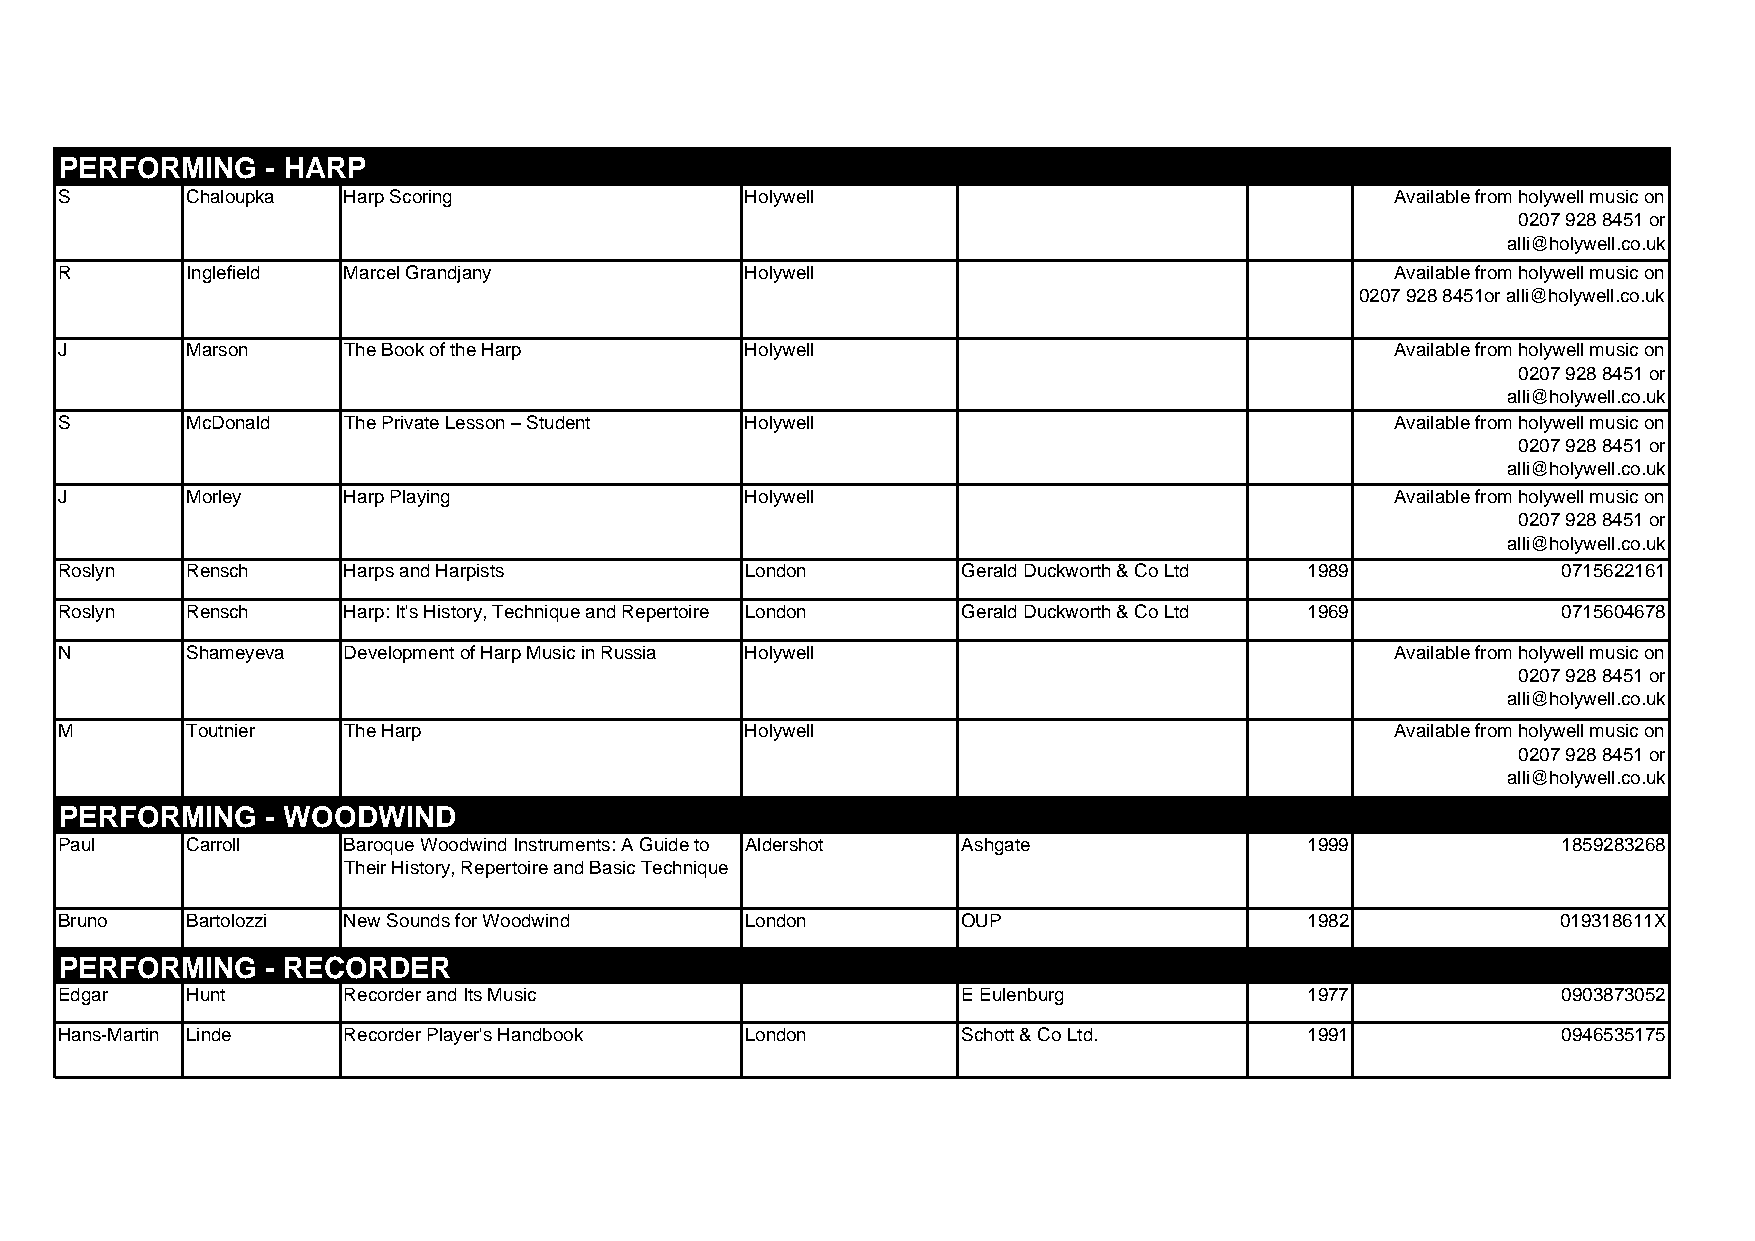
PERFORMING    - HARP
 S       Chaloupka  Harp Scoring              Holywell                                   Available from holywell music on
 0207 928 8451 or
 alli@holywell.co.uk
 R       Inglefield Marcel Grandjany          Holywell                                   Available from holywell music on
 0207 928 8451or alli@holywell.co.uk
 J       Marson     The Book of the Harp      Holywell                                   Available from holywell music on
 0207 928 8451 or
 alli@holywell.co.uk
 S       McDonald   The Private Lesson – Student Holywell                                Available from holywell music on
 0207 928 8451 or
 alli@holywell.co.uk
 J       Morley     Harp Playing              Holywell                                   Available from holywell music on
 0207 928 8451 or
 alli@holywell.co.uk
 Roslyn  Rensch     Harps and Harpists        London         Gerald Duckworth & Co Ltd 1989         0715622161
 Roslyn  Rensch     Harp: It's History, Technique and Repertoire London Gerald Duckworth & Co Ltd 1969 0715604678
 N       Shameyeva  Development of Harp Music in Russia Holywell                         Available from holywell music on
 0207 928 8451 or
 alli@holywell.co.uk
 M       Toutnier   The Harp                  Holywell                                   Available from holywell music on
 0207 928 8451 or
 alli@holywell.co.uk
 PERFORMING    - WOODWIND
 Paul    Carroll    Baroque Woodwind Instruments: A Guide to Aldershot Ashgate      1999            1859283268
 Their History, Repertoire and Basic Technique
 Bruno   Bartolozzi New Sounds for Woodwind   London         OUP                    1982            019318611X
 PERFORMING    - RECORDER
 Edgar   Hunt       Recorder and Its Music                   E Eulenburg            1977            0903873052
 Hans-Martin Linde  Recorder Player's Handbook London        Schott & Co Ltd.       1991            0946535175